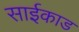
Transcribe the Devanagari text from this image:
साईकाड